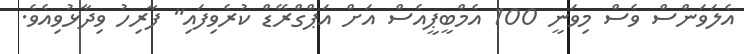
އެލަވަންސް ވެސް މިވަނީ 100 އެމްބީޕީއެސް އަށް އަޕްގްރޭޑް ކުރެވިފައި" ފާރިހު ވިދާޅުވިއެވެ.